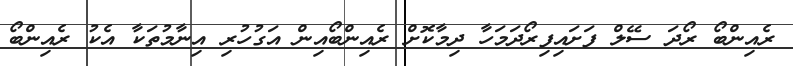
ރެއިންބޯ ރޯދަ ސޭލް ފަށައިފިރޯދަމަހާ ދިމާކޮށް ރެއިންބޯއިން އަގުހުރި އިނާމުތަކާ އެކު ރެއިންބޯ